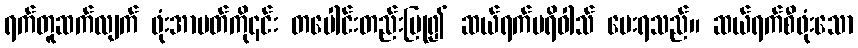
ရက်တူဆက်လျက် ဖုံးအာပတ်ကို၎င်း တပေါင်းတည်းပြု၍ ဆယ်ရက်ပရိဝါသ် ပေးရသည်။ ဆယ်ရက်စီဖုံးသော